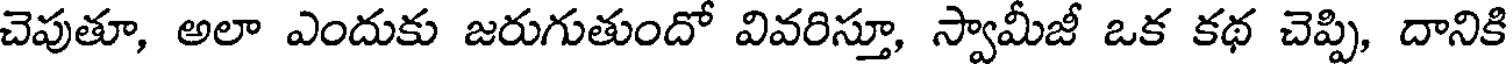
చెపుతూ, అలా ఎందుకు జరుగుతుందో వివరిస్తూ, స్వామీజీ ఒక కథ చెప్పి, దానికి